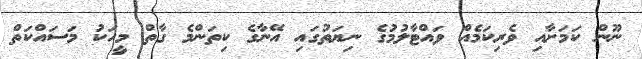
ނޫން ކަމަށާއި ވެރިކަމެއް ވައްޓާލުމުގެ ނިޔަތުގައި އޭނާގެ ކިތަންމެ ގާތް މީހަކު މަސައްކަތް